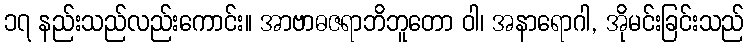
၁၇ နည်းသည်လည်းကောင်း။ အာဗာဓဇရာဘိဘူတော ဝါ၊ အနာရောဂါ, အိုမင်းခြင်းသည်